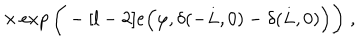
\times \exp \bigg ( - [ l - 2 ] e \Big ( \varphi , \delta ( - L , 0 ) - \delta ( L , 0 ) \Big ) \bigg ) \; ,